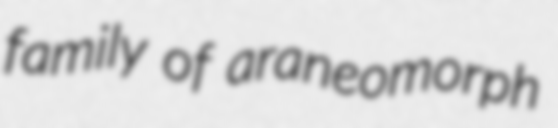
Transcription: family of araneomorph